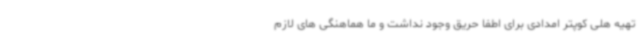
تهیه هلی کوپتر امدادی برای اطفا حریق وجود نداشت و ما هماهنگی های لازم